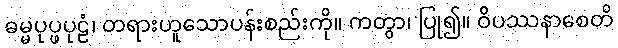
ဓမ္မပုပ္ဖပုဠံ၊ တရားဟူသောပန်းစည်းကို။ ကတွာ၊ ပြု၍။ ဝိပဿနာစေတိ